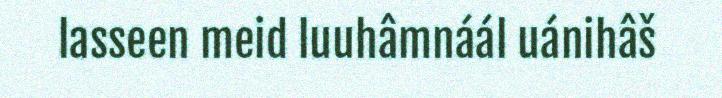
lasseen meid luuhâmnáál uánihâš